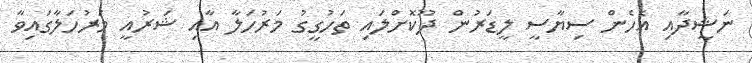
ނަޝީދާއި އެހެން ސިޔާސީ ލީޑަރުން ދޫކޮށްލައި ތަހުގީގު މަރުހަލާ އާއި ޝަރުއީ މަރުހަލާގައިވާ